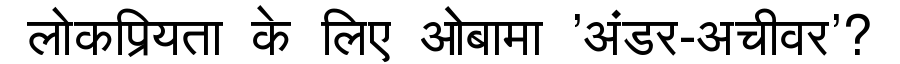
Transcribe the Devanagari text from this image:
लोकप्रियता के लिए ओबामा 'अंडर-अचीवर'?